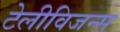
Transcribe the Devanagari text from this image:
टेलीविजन्स